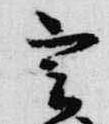
実